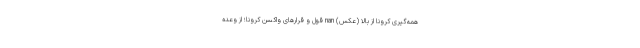
همه‌گیری کرونا از بالا (عکس) nan قول و قرارهای واکسن کرونا؛ از وعده